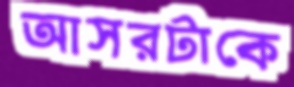
আসরটাকে